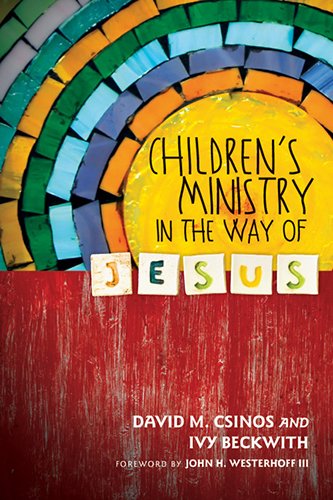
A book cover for Children's Ministry in the Way of Jesus; David M. Csinos; Christian Books & Bibles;